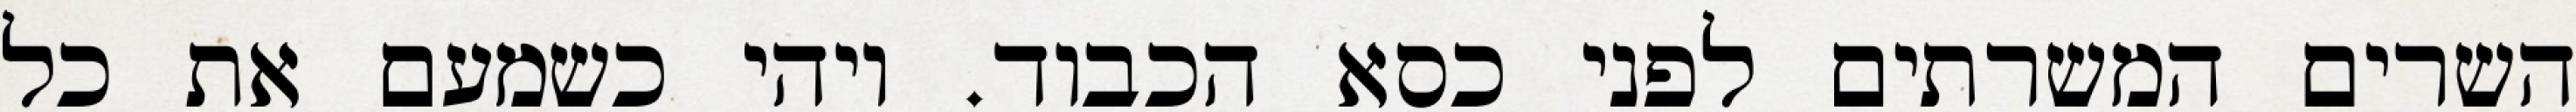
השרים המשרתים לפני כסא הכבוד. ויהי כשמעם את כל